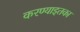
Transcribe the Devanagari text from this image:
करण्याइतका